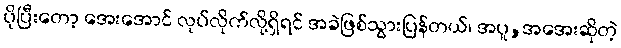
ပိုပြီးတော့ အေးအောင် လုပ်လိုက်လို့ရှိရင် အခဲဖြစ်သွားပြန်တယ်၊ အပူ,အအေးဆိုတဲ့